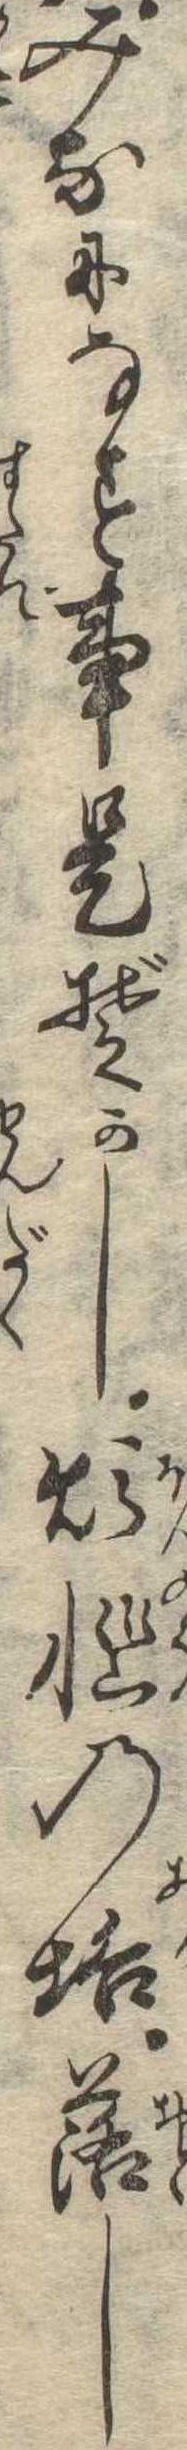
みなになす事是ぞかし煩悩の垢落し